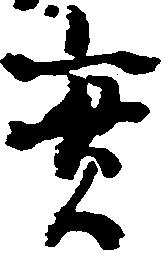
実